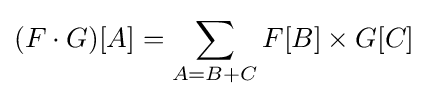
(F\cdot G)[A]=\sum _{A=B+C}F[B]\times G[C]